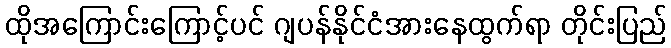
ထိုအကြောင်းကြောင့်ပင် ဂျပန်နိုင်ငံအားနေထွက်ရာ တိုင်းပြည်